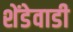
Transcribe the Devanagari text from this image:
शेंडेवाडी